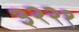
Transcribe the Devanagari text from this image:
३२२१